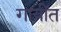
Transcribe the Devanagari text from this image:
गायींत